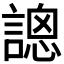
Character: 𧪳